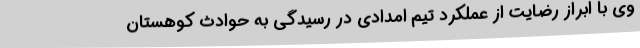
وی با ابراز رضایت از عملکرد تیم امدادی در رسیدگی به حوادث کوهستان